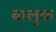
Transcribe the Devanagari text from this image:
बालुक